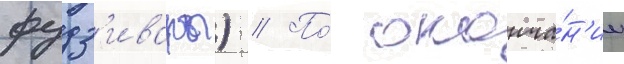
фудз'ивары) // По́ оконча́н'ии